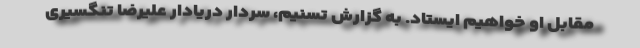
مقابل او خواهیم ایستاد. به گزارش تسنیم، سردار دریادار علیرضا تنگسیری